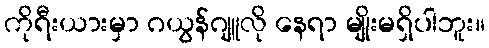
ကိုရီးယားမှာ ဂယွန်ဂျူလို နေရာ မျိုးမရှိပါဘူး။